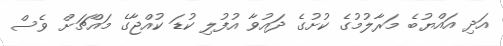
އަދި އައްޔުބެ މަރާލުމުގެ ކުށުގެ ދައުވާ އުފުލި ކުޑަ ކުއްޖާގެ މައްޗަށް ވެސް